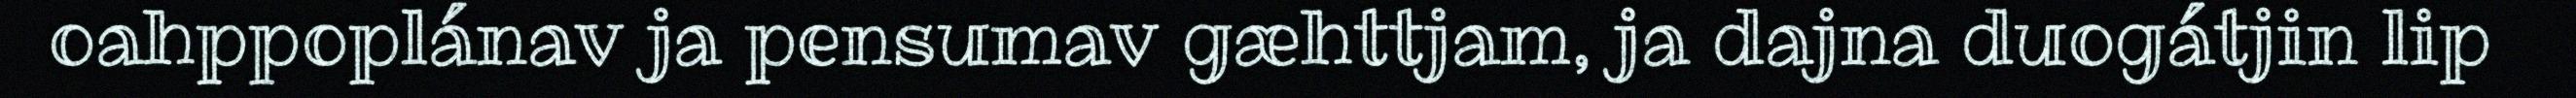
oahppoplánav ja pensumav gæhttjam, ja dajna duogátjin lip